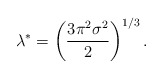
\begin{align*} \lambda^* = \left(\frac{ 3\pi^2 \sigma^2 }{2} \right)^{1/3}.\end{align*}